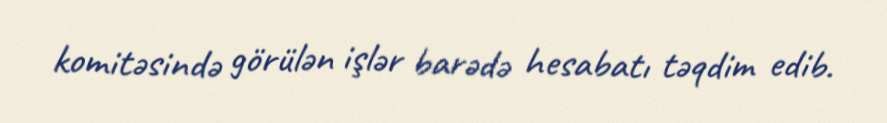
komitəsində görülən işlər barədə hesabatı təqdim edib.